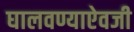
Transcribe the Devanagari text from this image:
घालवण्याऐवजी